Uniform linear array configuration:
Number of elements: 12
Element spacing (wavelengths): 0.75
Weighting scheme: uniform
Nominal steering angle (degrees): -60
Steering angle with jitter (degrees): -60.919
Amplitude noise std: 0.05
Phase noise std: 0.05

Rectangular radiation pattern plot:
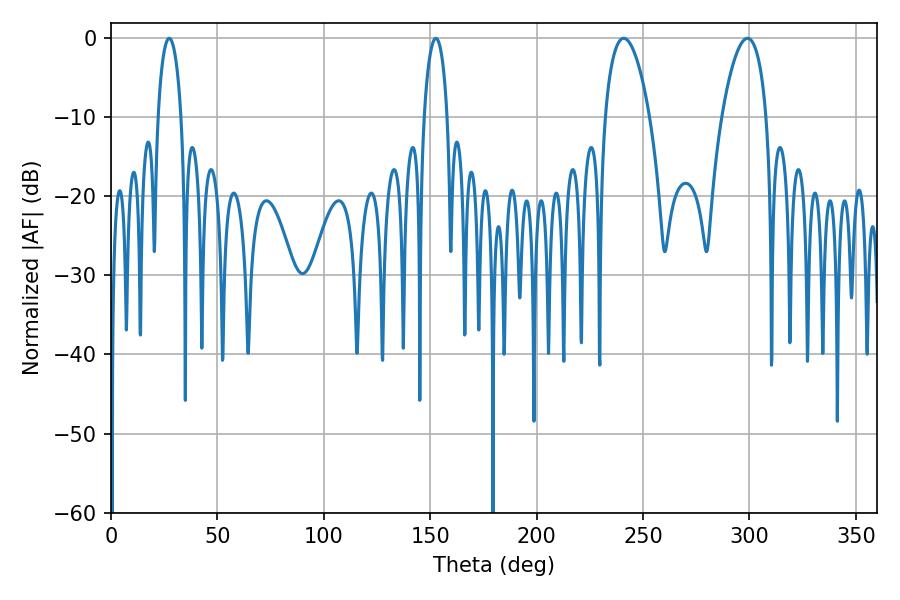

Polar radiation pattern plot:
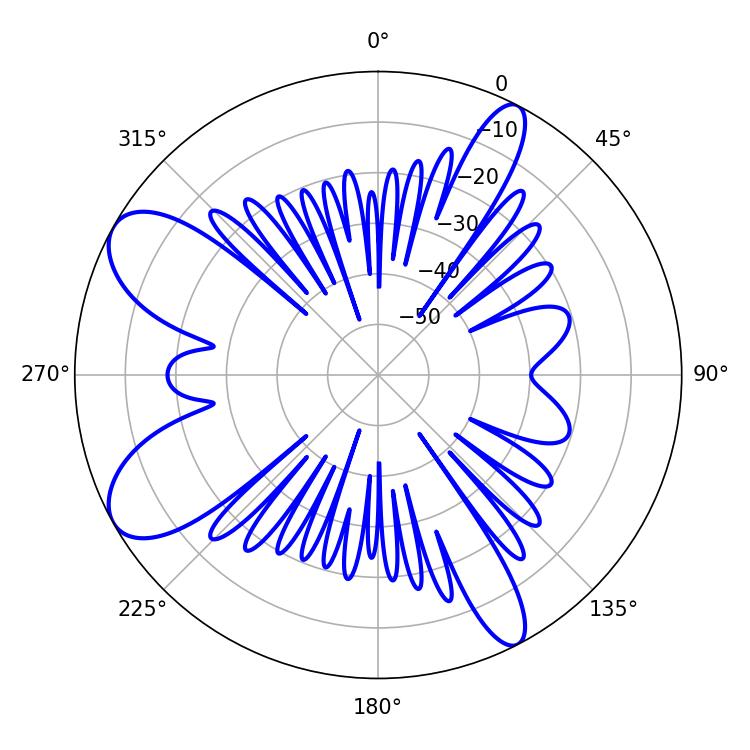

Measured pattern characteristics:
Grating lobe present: TRUE
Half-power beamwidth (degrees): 6.12
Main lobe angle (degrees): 27.36